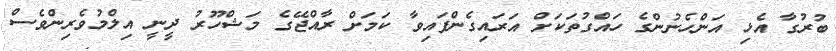
ބުރުގާ އެޅި އަންހެނުންގެ ހައްގުތަކަށް އަރައިގެންފައިވާ ކަމަށް ރާއްޖޭގެ މަޝްހޫރު ދީނީ އިލްމުވެރިންވެސް